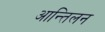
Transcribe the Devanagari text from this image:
आन्तिलन